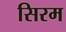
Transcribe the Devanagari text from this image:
सिरम